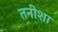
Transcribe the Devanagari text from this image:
तनीशा